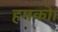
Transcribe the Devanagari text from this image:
हमको।